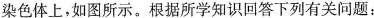
染色体上，如图所示。根据所学知识回答下列有关问题：